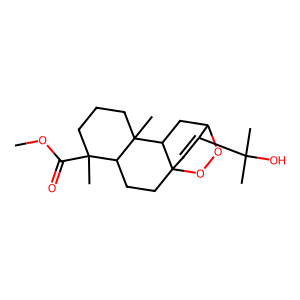
SMILES: COC(=O)C1(C)CCCC2(C)C3CC4OOC3(C=C4C(C)(C)O)CCC12
Inhibits HIV replication: No